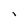
Character: I